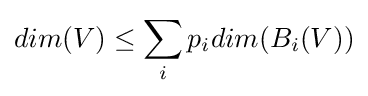
dim(V)\leq \sum _{i}p_{i}dim(B_{i}(V))